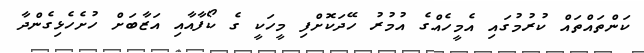
ކަންތައްތައް ކުރުމުގައި އެމީހެއްގެ އުމުރު ހޭދަކޮށްފި މީހަކީ ގެ ކޯފާއާއި އަޒާބަށް ހުށެހެޅިގެންދާ